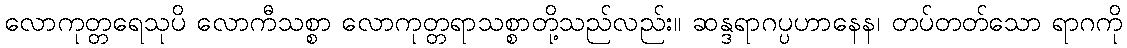
လောကုတ္တရေသုပိ လောကီသစ္စာ လောကုတ္တရာသစ္စာတို့သည်လည်း။ ဆန္ဒရာဂပ္ပဟာနေန၊ တပ်တတ်သော ရာဂကို